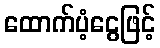
ထောက်ပံ့ငွေဖြင့်